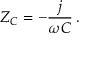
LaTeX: Z _ { C } = - { \frac { j } { \omega C } } \, .